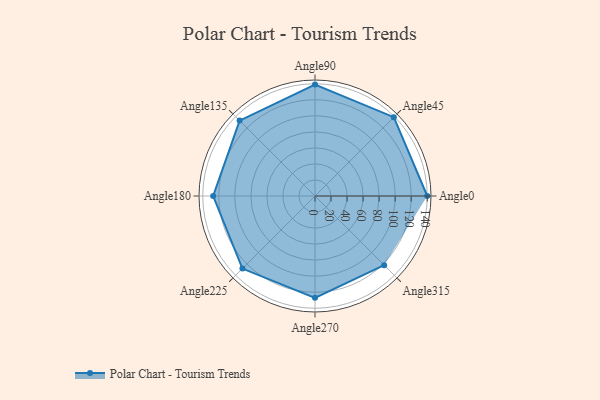
{"axis": {"x": "Angle", "y": "Radius"}, "legend": [""], "data": [{"x": "Angle0", "y": 140.0, "type": ""}, {"x": "Angle45", "y": 139.0, "type": ""}, {"x": "Angle90", "y": 139.0, "type": ""}, {"x": "Angle135", "y": 133.0, "type": ""}, {"x": "Angle180", "y": 127.0, "type": ""}, {"x": "Angle225", "y": 128.0, "type": ""}, {"x": "Angle270", "y": 127.0, "type": ""}, {"x": "Angle315", "y": 122.0, "type": ""}]}